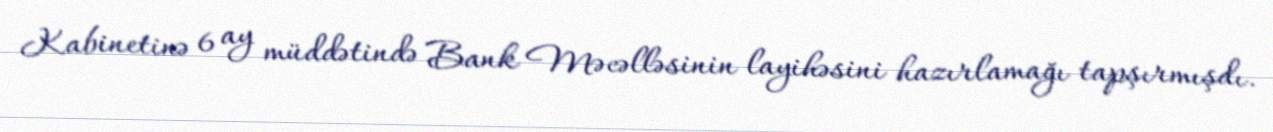
Kabinetinə 6 ay müddətində Bank Məcəlləsinin layihəsini hazırlamağı tapşırmışdı.